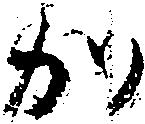
か